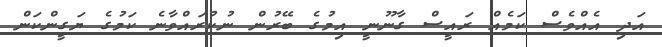
އަދި އެއްވެސް ކަމެއް ރައީސް ގާނޫނީ އިމުގެ ބޭރުން ނުކުރައްވާނެ ކަމުގެ ޔަގީންކަން